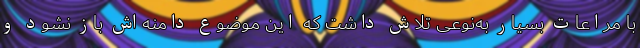
با مراعات بسیار به‌نوعی تلاش داشت که این موضوع دامنه‌اش باز نشود و